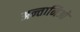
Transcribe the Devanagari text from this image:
अन्तानिओ